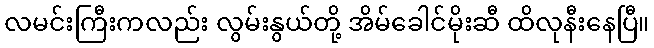
လမင်းကြီးကလည်း လွမ်းနွယ်တို့ အိမ်ခေါင်မိုးဆီ ထိလုနီးနေပြီ။